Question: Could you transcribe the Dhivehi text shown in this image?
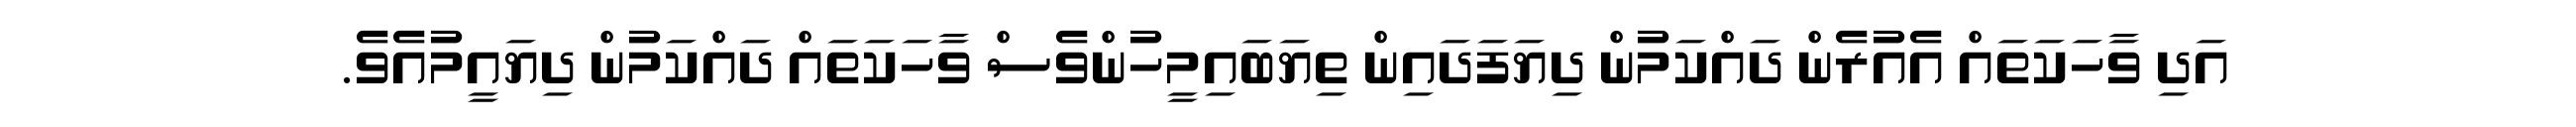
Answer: އަދި ވާހަކަތައް އެއުރެން ދައްކަމުން ދިޔަފަދައިން ތިޔަބައިމީހުންވެސް ވާހަކަތައް ދައްކަމުން ދިޔައީމުއެވެ.